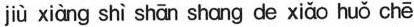
jìù xiàng shì shān shang de xiǎo huǒ chē